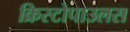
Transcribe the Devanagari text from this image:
क्रिस्टोपाउलस